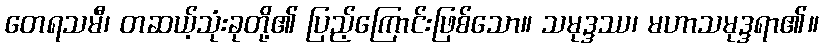
တေရသမီ၊ တဆယ့်သုံးခုတို့၏ ပြည့်ကြောင်းဖြစ်သော။ သမုဒ္ဒဿ၊ မဟာသမုဒ္ဒရာ၏။